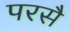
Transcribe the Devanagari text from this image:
परसै